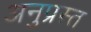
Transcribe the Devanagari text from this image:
अनुप्रस्त